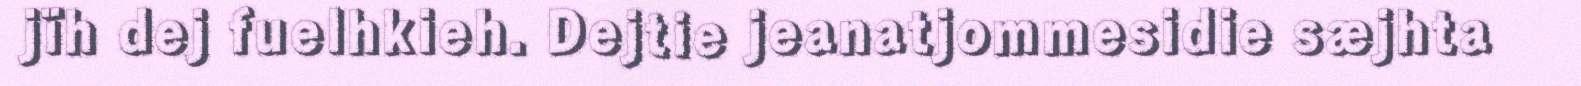
jïh dej fuelhkieh. Dejtie jeanatjommesidie sæjhta